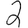
Digit: 2